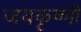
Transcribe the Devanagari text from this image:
जयकृष्णी